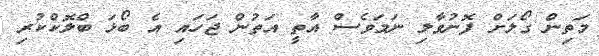
މަތިން ގޯލަށް ފޮނުވާލި ނަމަވެސް އާތީ އަތުން ޖަހައި އެ ބޯޅަ ބްލޮކްކުރި